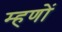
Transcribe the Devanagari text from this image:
म्हणों